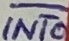
Text: INT0